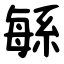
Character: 緐